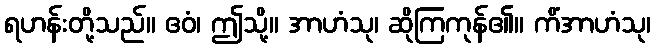
ရဟန်းတို့သည်။ ဧဝံ၊ ဤသို့။ အာဟံသု၊ ဆိုကြကုန်၏။ ကိံအာဟံသု၊